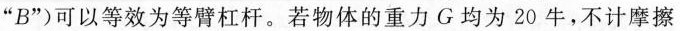
”B”)可以等效为等臂杠杆。若物体的重力G均为20牛，不计摩擦